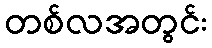
တစ်လအတွင်း